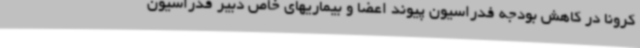
کرونا در کاهش بودجه فدراسیون پیوند اعضا و بیماریهای خاص دبیر فدراسیون